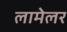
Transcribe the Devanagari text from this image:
लामेलर